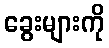
ခွေးများကို